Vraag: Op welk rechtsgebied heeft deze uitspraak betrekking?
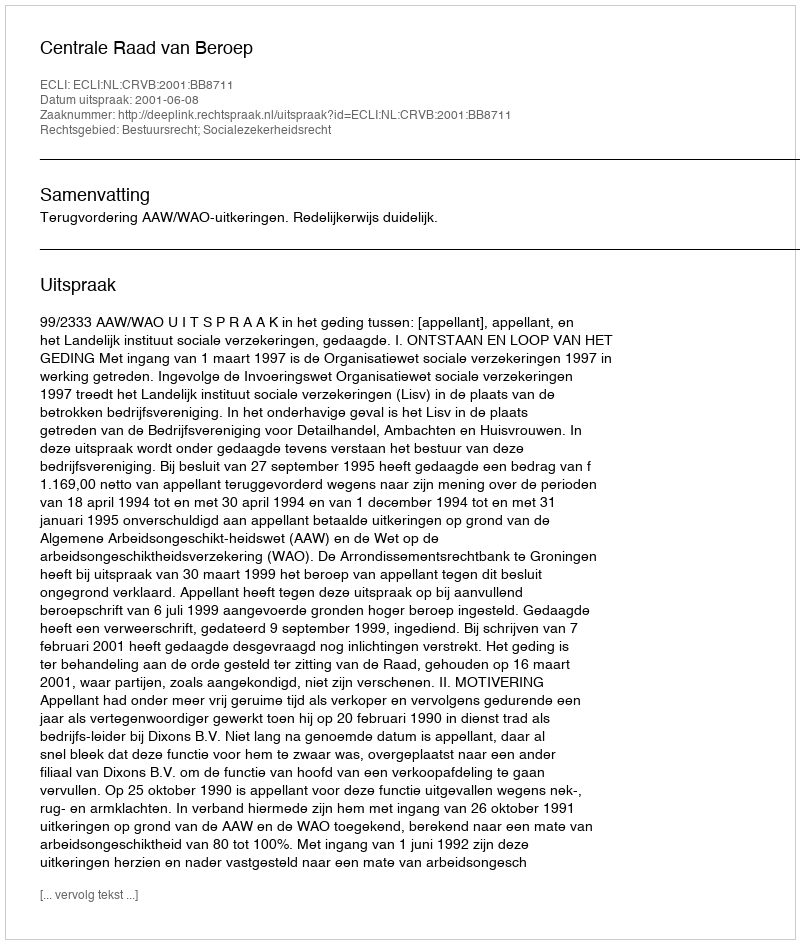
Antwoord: Bestuursrecht; Socialezekerheidsrecht